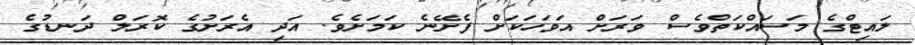
ލައިޓްގެ މަސައްކަތްވެސް ވަރަށް އަވަހަކަށް ފެށޭނެ ކަމަށެވެ. އަދި އެރަށުގެ ކޮރަލް ދަނޑުގެ